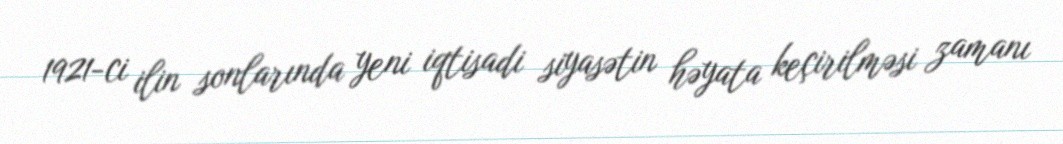
1921-ci ilin sonlarında yeni iqtisadi siyasətin həyata keçirilməsi zamanı